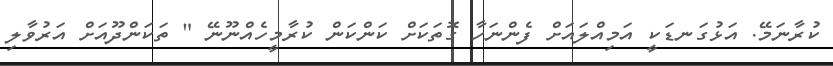
ކުރާނަމޭ. އަޅުގަނޑަކީ އަމިއްލައަށް ފެންނަހާ ގޮތަކަށް ކަންކަން ކުރާމީހެއްނޫނޭ " ތަކަންދޫއަށް އަރުވާލި